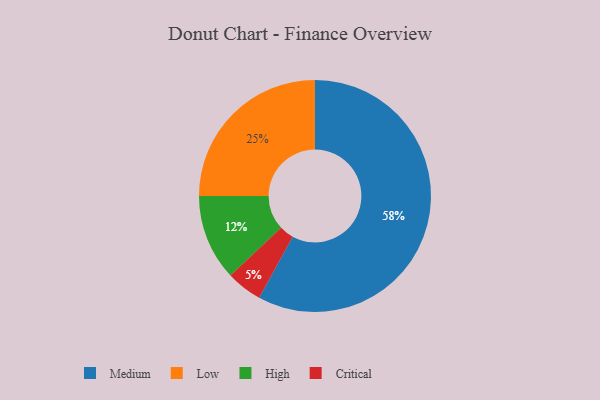
{"axis": {"x": "Category", "y": "Percentage"}, "legend": ["Critical", "High", "Low", "Medium"], "data": [{"x": "Medium", "y": 58, "type": "Medium"}, {"x": "Low", "y": 25, "type": "Low"}, {"x": "Critical", "y": 5, "type": "Critical"}, {"x": "High", "y": 12, "type": "High"}]}